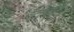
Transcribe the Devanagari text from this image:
बँटाईदारों